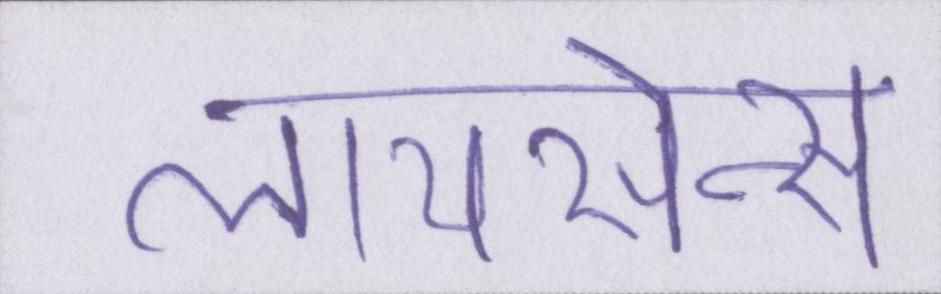
लायसेन्स